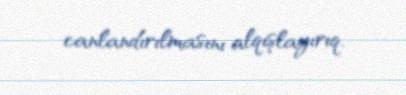
canlandırılmasını alqışlayırıq.